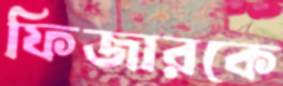
ফিজারকে